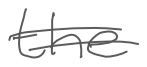
Text: the
Cross-out: double-line
Writing tool: digital_gray